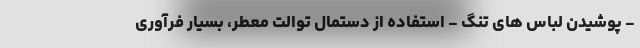
- پوشیدن لباس های تنگ - استفاده از دستمال توالت معطر، بسیار فرآوری